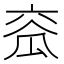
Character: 𤫹